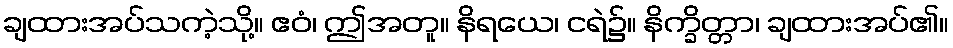
ချထားအပ်သကဲ့သို့။ ဧဝံ၊ ဤအတူ။ နိရယေ၊ ငရဲ၌။ နိက္ခိတ္တာ၊ ချထားအပ်၏။